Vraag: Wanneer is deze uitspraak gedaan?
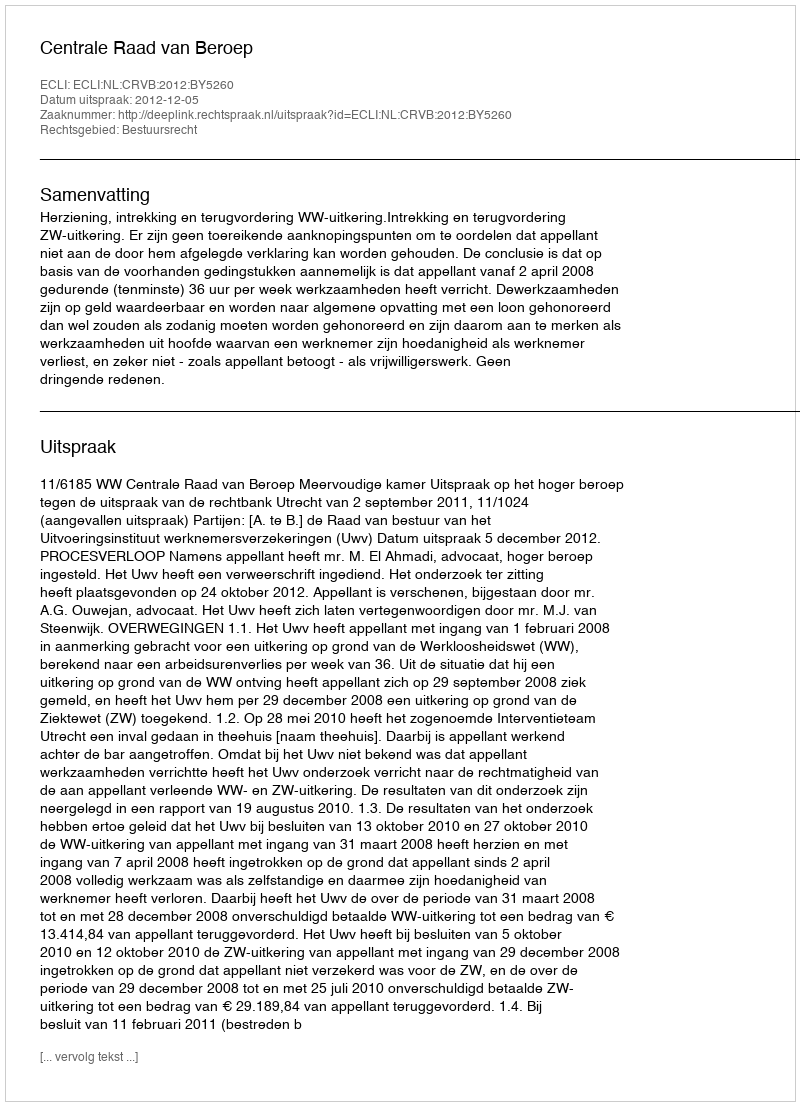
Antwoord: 2012-12-05